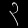
Digit: ၃